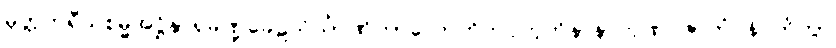
မုတ္တကရီသစမ္မအဋ္ဌိနှာရုခဏ္ဍခေဠသိင်္ဃာဏိကာလောဟိတပ္ပဘုတိနာနာကုဏပဇာတံ နိပတိတွာ